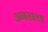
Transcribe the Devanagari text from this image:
अगरतल्ला